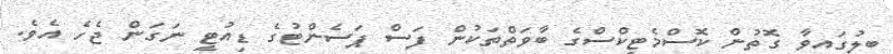
ބިލުގައިވާ ގޮތުން ކޮސްމެޓިކްސްގެ ބާވަތްތަކުން ފަސް ޕަސެންޓުގެ ޑިއުޓީ ނަގަން ޖެހެ އެވެ.